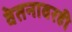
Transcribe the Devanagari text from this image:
वेतनावरही